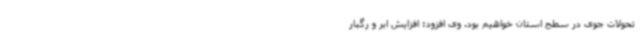
تحولات جوی در سطح استان خواهیم بود. وی افزود: افزایش ابر و رگبار